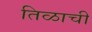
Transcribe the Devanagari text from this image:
तिळाची